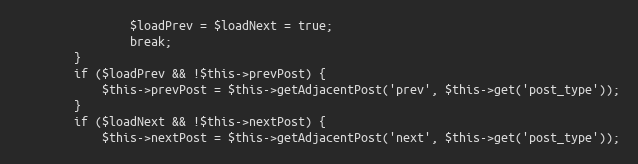
Language: PHP
                $loadPrev = $loadNext = true;
                break;
        }
        if ($loadPrev && !$this->prevPost) {
            $this->prevPost = $this->getAdjacentPost('prev', $this->get('post_type'));
        }
        if ($loadNext && !$this->nextPost) {
            $this->nextPost = $this->getAdjacentPost('next', $this->get('post_type'));